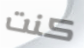
كنت